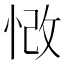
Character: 𢚲